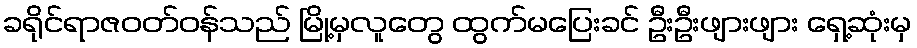
ခရိုင်ရာဇဝတ်ဝန်သည် မြို့မှလူတွေ ထွက်မပြေးခင် ဦးဦးဖျားဖျား ရှေ့ဆုံးမှ